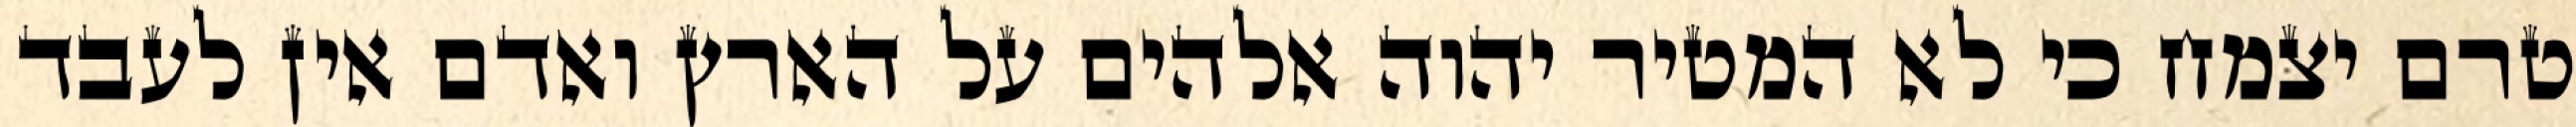
טרם יצמח כי לא המטיר יהוה אלהים על הארץ ואדם אין לעבד